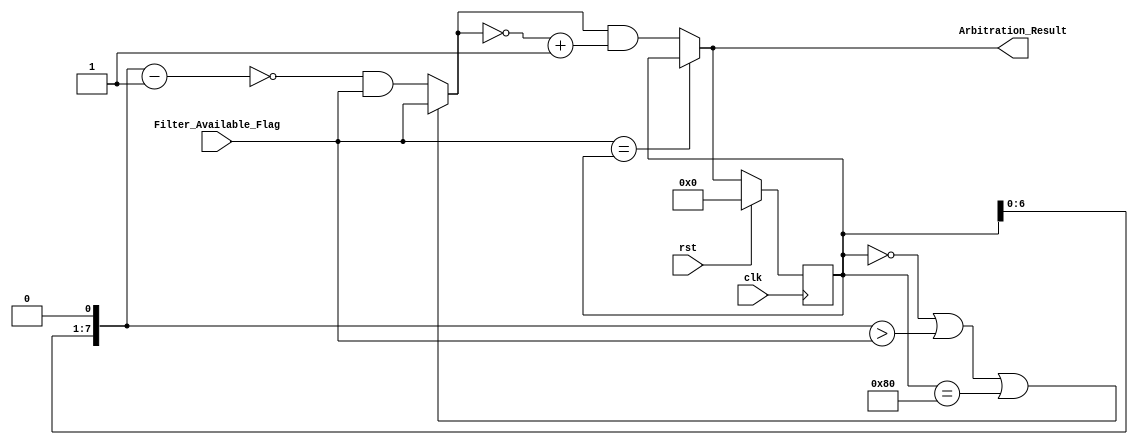
/////////////////////////////////////////////////////////////////////////////////////////////////////////////////////////////////////////////////////////////////////////
// Module: Filter_Arbiter.v
//
//	Function: Make arbitration decisions among multiple available filters
//					Take filter availability as input, output selection signal (only 1 bit is high)
//					0 latency between input available and output selection
//
// Policy: Round-Robin
// Algorithm:
//		Rule out the previous selected channels 
// 		Step 0: Prev arbitration result: 0010
// 		Step 1: Shift left 1 bit, then -1 => 0100 - 1 = 0011
// 		Step 2: Not Step 1 => 1100
// 		Step 3: And with current mask 0110 => 0100 (all the previous arbitrated bits are removed)
//			* if the previous arbitration result is 0, means no channel selected, then avoid Step 1-3
//			** if the previous arbitration result is MSB, means one iteration is finished, then avoid Step 1-3
//			*** if the available channels only in the lower bits, but the previous selected channel is on the higher bit, then avoid Step 1-3
// 	Below is how to find the least significant 1 bit (2's complement & original value)
// 		Step 4: 2's complement of Step 3 => 1100
// 		Step 5: And Step 3, Step 4 => 0100 (This is the new result)
// 		Step 6: When the current mask is 1000, then omit step 1, so the lower bit mask will not be cleared
//			Step 7: When there's only one input source has valid data, then keeps selecting that only one
//			Step 8: When previous arbitration result is 0, then skip Step 1-3
//
// Used by:
//				Filter_Bank.v
//
// Dependency:
// 			None
//
// Testbench:
//				Filter_Arbiter_tb.v
//
//	Latency:	0 cycle
/////////////////////////////////////////////////////////////////////////////////////////////////////////////////////////////////////////////////////////////////////////

module Filter_Arbiter
#(
	parameter NUM_FILTER = 8,
	parameter ARBITER_MSB = 128					// 2^(NUM_FILTER-1)
)
(
	input clk,
	input rst,
	input [NUM_FILTER-1:0] Filter_Available_Flag,
	output [NUM_FILTER-1:0] Arbitration_Result
);

	reg [NUM_FILTER-1:0] prev_arbitration_result;
	
	////////////////////////////////////////////////////////////////////////////////////////////////////////////////////////
	// Arbitration logic
	////////////////////////////////////////////////////////////////////////////////////////////////////////////////////////
	wire [NUM_FILTER-1:0] arbitration_step1;
	wire [NUM_FILTER-1:0] arbitration_step2;
	wire [NUM_FILTER-1:0] arbitration_step3;
	wire [NUM_FILTER-1:0] arbitration_step4;
	wire [NUM_FILTER-1:0] arbitration_result_tmp;
	assign arbitration_step1 = (prev_arbitration_result << 1) - 1'b1;
	assign arbitration_step2 = ~arbitration_step1;
	// If the prev_arbitration_result is 0, then keep the original input flag
	// If the prev_arbitration_result is MSB, then keep the origianl input flag
	// If the available flag is only on the lower bit than the previous selected channel, then start over from the LSB 
	// If not, then remove the previous selected channels to achieve round-robin
	assign arbitration_step3 = (prev_arbitration_result == 0 || ((prev_arbitration_result << 1) > Filter_Available_Flag) || prev_arbitration_result == ARBITER_MSB) ? Filter_Available_Flag : (arbitration_step2 & Filter_Available_Flag);
	// 2's complement
	assign arbitration_step4 = ~arbitration_step3 + 1'b1;
	assign arbitration_result_tmp = arbitration_step3 & arbitration_step4;
	// If only a single filter has data, then keep reading from that one
	// If not, then performing arbitration execution
	assign Arbitration_Result = (Filter_Available_Flag == prev_arbitration_result) ? prev_arbitration_result : arbitration_result_tmp;
	
	// Assign previous results
	always@(posedge clk)
		begin
		if(rst)
			begin
			prev_arbitration_result <= 0;
/*			
			arbitration_step1 <= 0;
			arbitration_step2 <= 0;
			arbitration_step3 <= 0;
			arbitration_step4 <= 0;
			arbitration_result_tmp <= 0;
			Arbitration_Result <= 0;
*/
			end
		else
			begin
			prev_arbitration_result <= Arbitration_Result;
/*			
			arbitration_step1 <= (prev_arbitration_result << 1) - 1'b1;
			arbitration_step2 <= (prev_arbitration_result != 2^(NUM_FILTER-1))? ~arbitration_step1 : ~prev_arbitration_result;
			arbitration_step3 <= arbitration_step2 & Filter_Available_Flag;
			arbitration_step4 <= ~arbitration_step3 + 1'b1;							// 2's complement
			arbitration_result_tmp <= arbitration_step3 & arbitration_step4;
			Arbitration_Result <= (Filter_Available_Flag == prev_arbitration_result) ? prev_arbitration_result : arbitration_result_tmp;
*/
			end
		end

endmodule